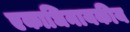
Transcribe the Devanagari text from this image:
एकाधिनायकीय